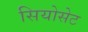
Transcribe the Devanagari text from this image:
सियोसेट